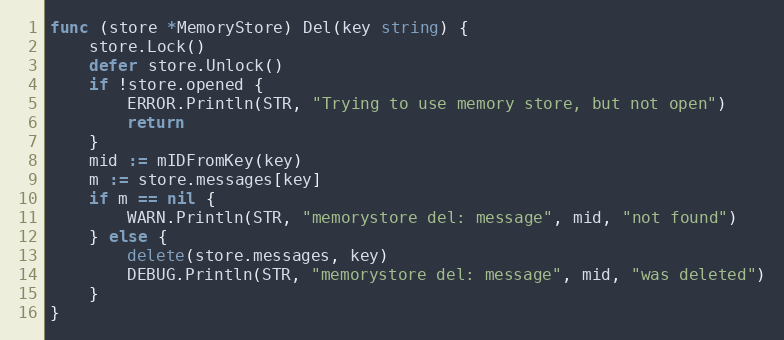
Language: Go
func (store *MemoryStore) Del(key string) {
	store.Lock()
	defer store.Unlock()
	if !store.opened {
		ERROR.Println(STR, "Trying to use memory store, but not open")
		return
	}
	mid := mIDFromKey(key)
	m := store.messages[key]
	if m == nil {
		WARN.Println(STR, "memorystore del: message", mid, "not found")
	} else {
		delete(store.messages, key)
		DEBUG.Println(STR, "memorystore del: message", mid, "was deleted")
	}
}